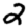
Digit: 2